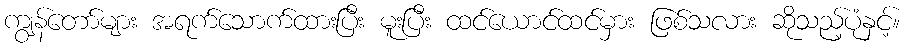
ကျွန်တော်များ အရက်သောက်ထားပြီး မူးပြီး ထင်ယောင်ထင်မှား ဖြစ်သလား ဆိုသည့်ပုံနှင့်။